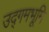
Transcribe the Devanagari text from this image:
उद्गमभूमि